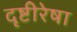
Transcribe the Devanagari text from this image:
दृष्टीरेषा